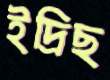
ইদ্রিছ